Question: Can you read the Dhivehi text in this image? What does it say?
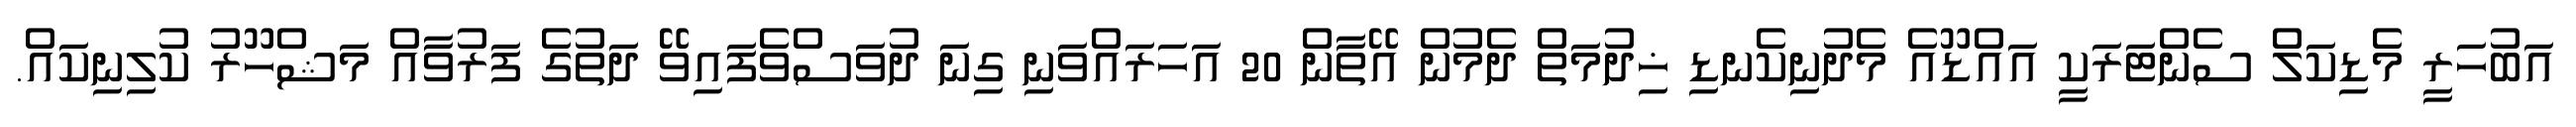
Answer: އަބުހަރީ މެޑިކަލް ސެންޓަރަކީ އައްޑޫއެ މެދުނިކެނޑި ޚިދުމަތް ދެމުން އޭތާން 20 އަހަރައްވަނި ގިނަ ދުވަސްވެފައިވޭ ދަތުގެ ފަރުވާއް މަޝްހޫރު ކުލިނިކައް.